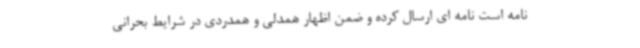
نامه است نامه ای ارسال کرده و ضمن اظهار همدلی و همدردی در شرایط بحرانی